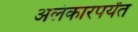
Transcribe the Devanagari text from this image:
अलंकारपर्यंत